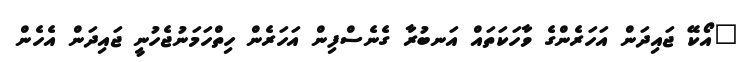
"އޯކޭ ޖައިދަން އަހަރެންގެ ވާހަކަތައް އަނބުރާ ގެނެސްފިން އަހަރެން ހިތްހަމަނުޖެހުނީ ޖައިދަން އެހެން